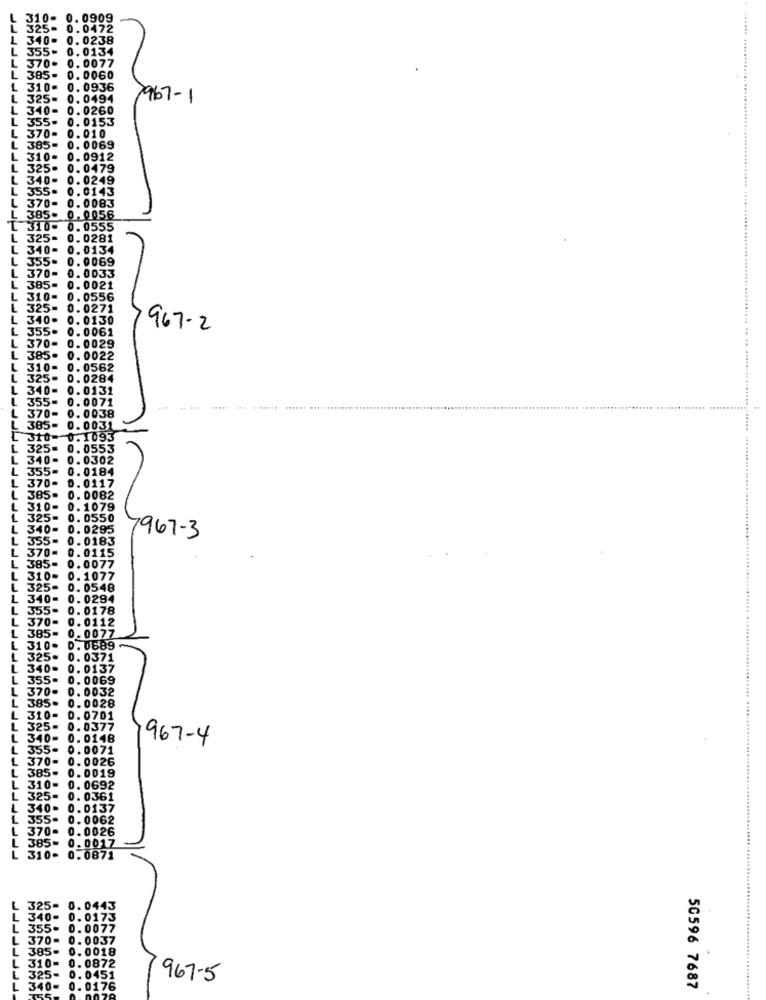
L
310- 0.0909
325- 0.0472
L
340-
0.0238
L
355-
0.0134
L
L
370- 0.0077
385- 0.0060
1
310- 0.0936
325-
0.0494
967-1
L
340- 0.0260
L
355- 0.0153
L
0.010
L
370-
385
0.0069
310-
0.0912
L
325- 0.0479
340- 0.0249
355. 0.0143
370-
0.0083
385- 0.0056
T
310- 0.0555
L 325- 0.0281
L
340- 0.0134
355.
0.0069
L
370- 0.0033
385-
0.0021
L
310-
0. 0556
325-
0. 0271
340₽
0. 0130
L
355.
0.0061
967-2
L
370-
0.0029
L
385.
0. 0022
L
310-
0. 0562
L
325-
0.0284
340-
0.0131
355-
0.0071
L
370-
0. 0038
₾ 385- 0.0031
310-0.1093
L
325= 0.0553
340- 0.0302
L
355-
0.0184
L
370- 0.0117
L
385.
0. 0082
310-
0. 1079
L
325-
0. 0550
L
340-
0. 0295
L
355-
0.0183
7967-3
L
370-
0.0115
L
385-
0.0077
L
310-
0. 1077
325-
0.0548
L
340-
0. 0294
L
355.
0. 0178
370-
0.0112
L
0. 0077
385-
310.
0.0889
L
325.
0.0371
L
340.
0. 0137
L
355.
0. 0069
L
370-
0. 0032
L
385.
0.0028
L
310-
0.0701
L
325-
0.0377
L
340-
0.0148
967-4
L
355-
0.0071
L
370=
0.0026
L
385-
0.0019
L
310-
0. 0692
L
325-
0. 0361
L
340-
0.0137
L
355.
0.0062
370-
0.0026
385-
L
0. 0017
310-
0.0871
L
325- 0.0443
L
340- 0.0173
355- 0.0077
370-
0.0037
385-
0. 0018
310-
0.0872
325-
0.0451
967-5
50596 7687
L
340-
76